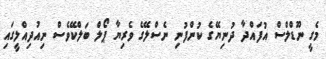
މެގީ ނޫޑްލްސް އުފައްދާ ދުނިޔޭގެ ކުންފުނި ނެސްލޭގެ ވެރިޔާ ޕޯލް ބަލްކޭވެސް ނިއުދިއްލީގައި